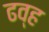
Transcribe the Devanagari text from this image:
ढव्ह